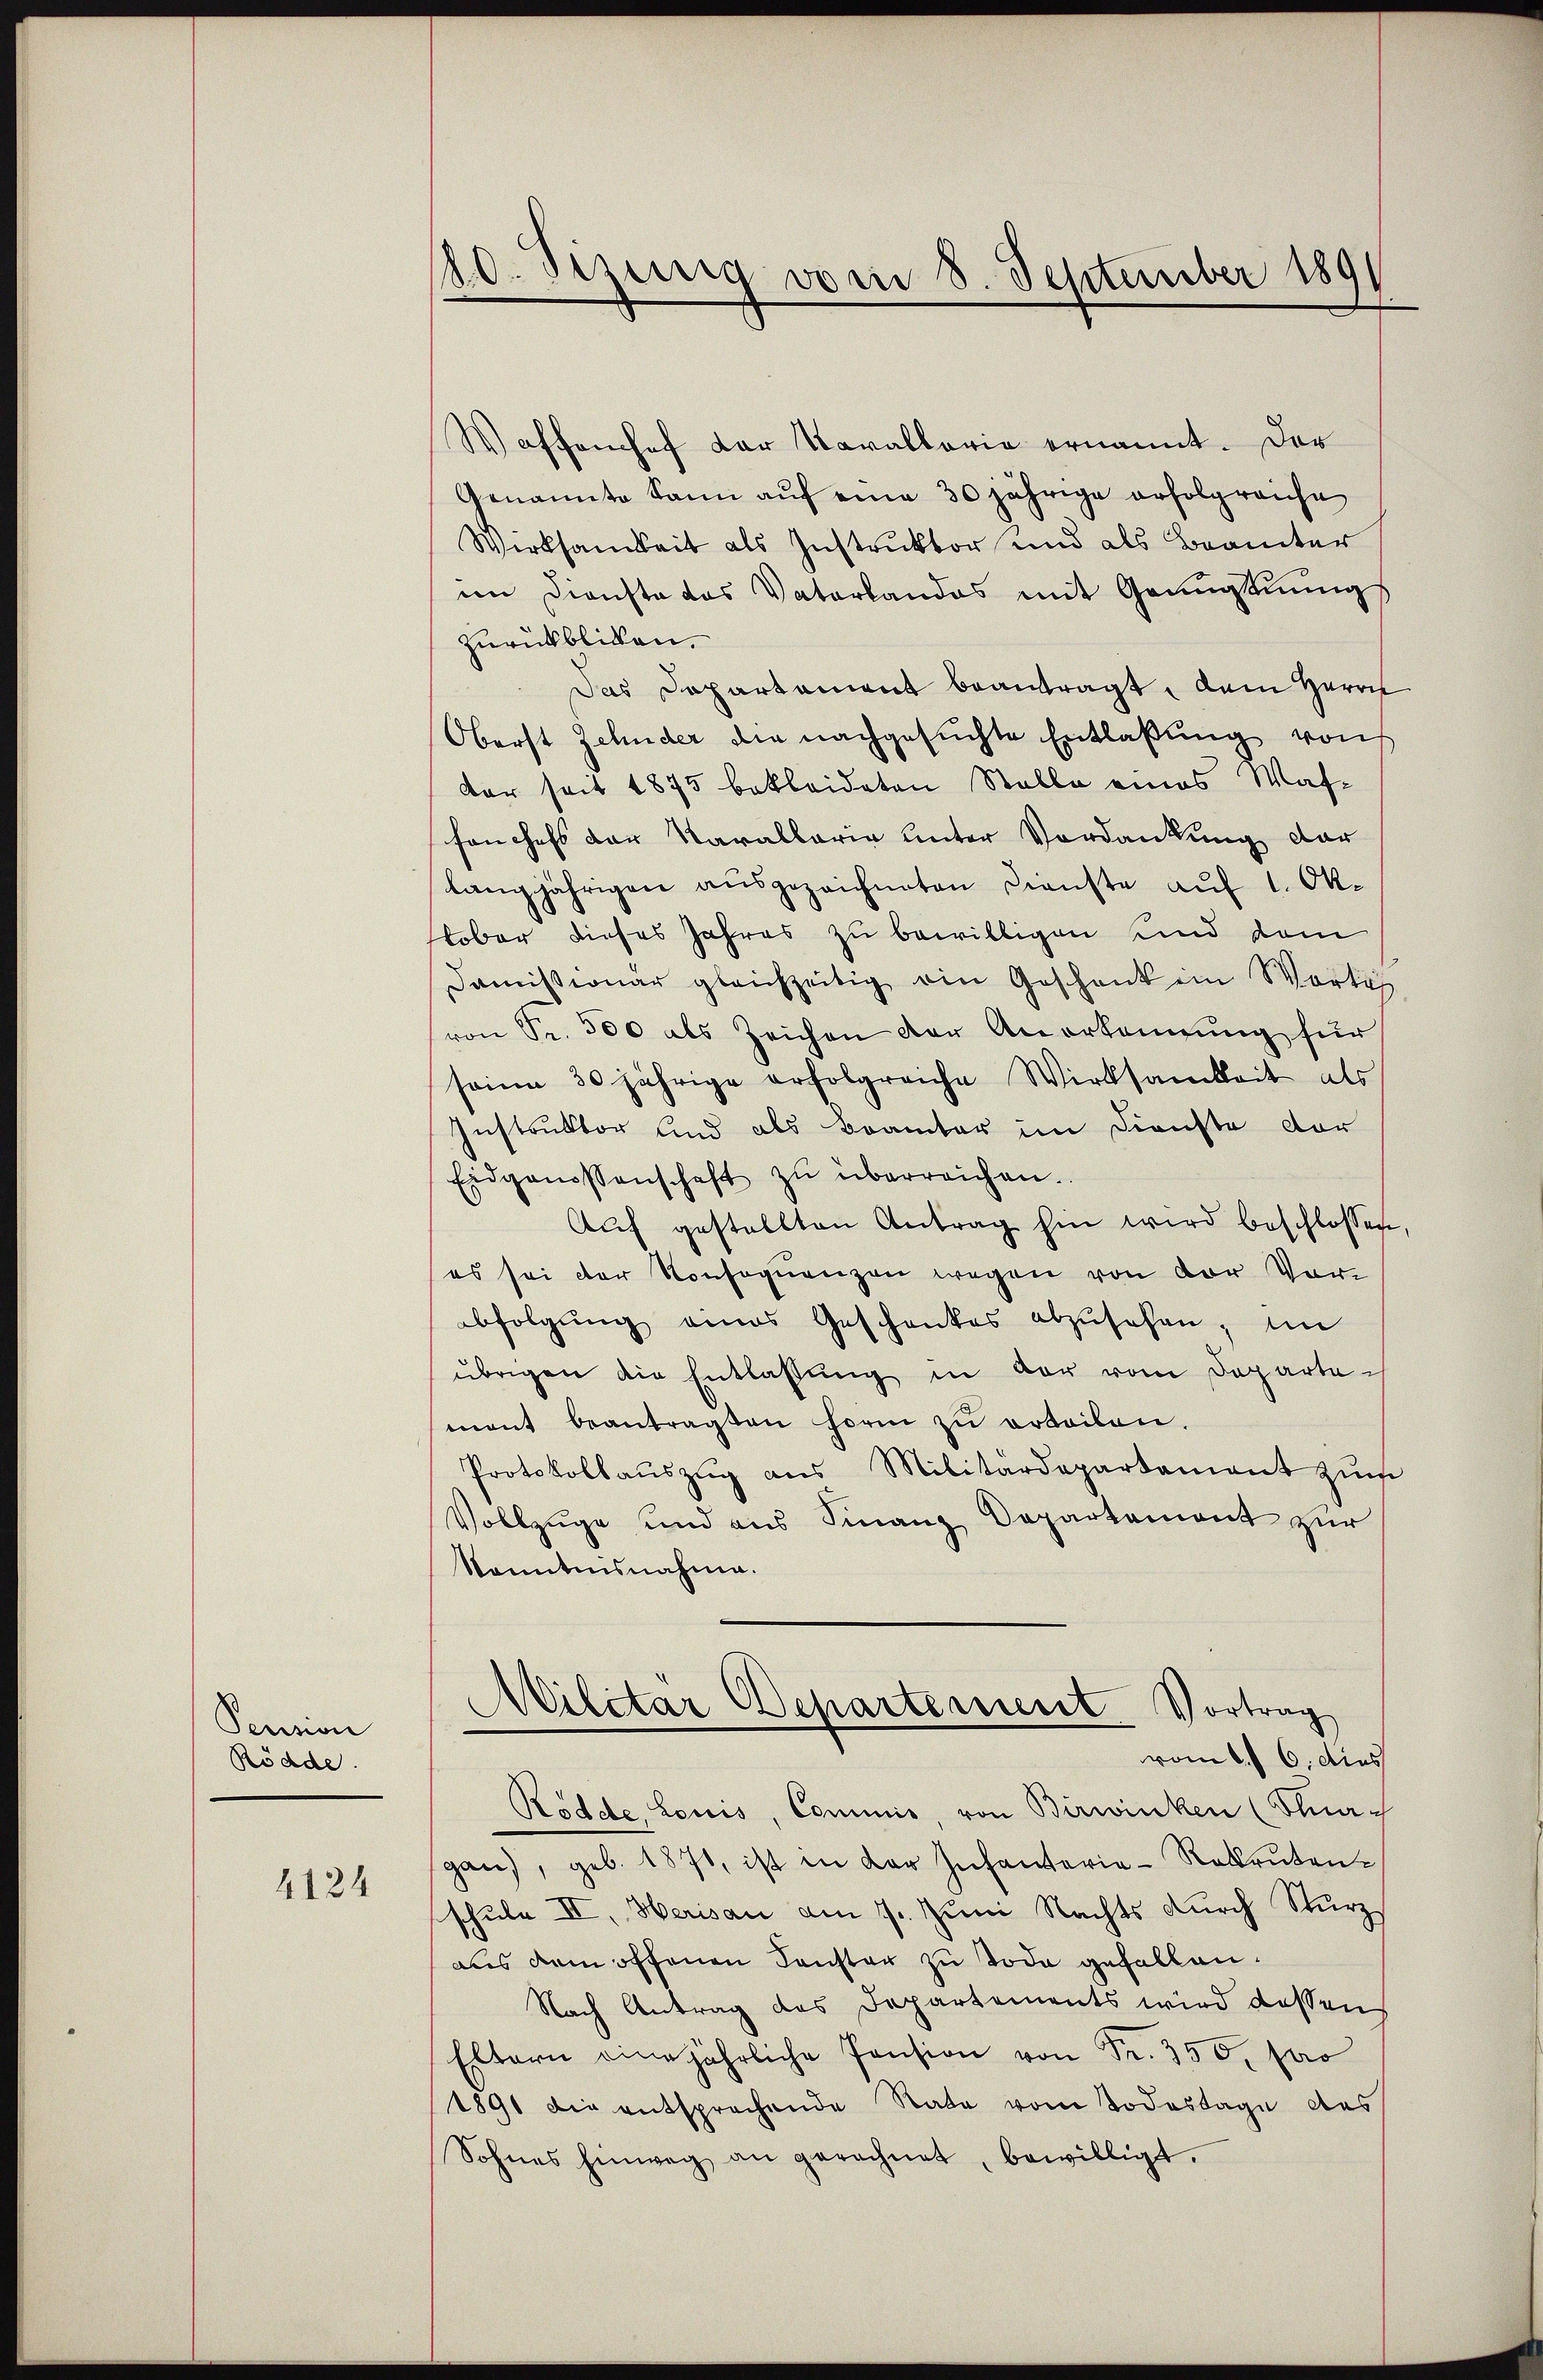
Pension
Rödde.

4124

10. Seinig vom 8. September 189

Waffenhof der Kavallaria ernannt. Der
Genannte kann auf eine 30 jährige erfolgreiche
Werksamkeit als Instruktor und als Beamter
im Dienste das Vaterlandos mit Genugtuungs
zurückblicken.
Das Departament beantragt, dem Herrn
Oberst Zehnder die nachgesuchte Entlaßung von
vor seit 1875 bekleideten Stolle eines Wasfanchefs der Karallarie unter Verdankung dar
langjährigen ausgezeichneten Dienste auf 1. Oktober dieses Jahres zu bewilligen und dem
Daṁissionär gleichzeitig ein Geschenk ein Worte
von Fr. 300 als Zeichen der Anerkennung für
seine 30 jährige erfolgreiche Wirksamkeit als
Instruktor und als Beamter im Dienste dor
Eidgenossenschaft zŭ überreichen.
Auf gestellten Antrag hin wird beschlossen
es sei der Konsequenzen wegen von der Vor-
abfolgung eines Geschenkes abzŭsehen, im
übrigen die Entlassung in der vom Departemant beantragten Form zŭ erteilen.
Protokollaŭszŭg ans Militärdepartament zŭm
Vollzuge und aus Finanz Departement zur
Kenntnisnahme.
Militar Departement. Vortrag
vom 6. 6. dies
Rödete Louis, Commis, von Birwinken (Stragan), geb. 1871, ist in der Infanterie-Rekrutenschule II, Herisau am 7. Juni Nachts durch Sturz
aus dem offenen Fenster zu Tode gefallen.
Nach Antrag des Departements wird dessen
Eltern eine jährliche Pension von Fr. 350, pro
1891 die entsprochende Rate vom Todestage des
Sohnes hinweg an gerechnet, bewilligt.